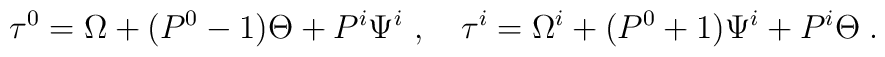
\tau^0=\Omega+ (P^0-1)\Theta+P^i\Psi^i~, \quad\tau^i=\Omega^i+(P^0+1)\Psi^i+P^i\Theta\;.